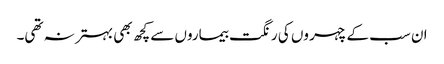
ان سب کے چہر وں کی رنگت بیماروں سے کچھ بھی بہتر نہ تھی۔